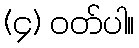
(၄) ဝတ်ပါ။